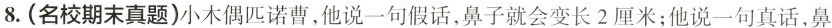
8.(名校期末真题)小木偶匹诺曹，他说一句假话，鼻子就会变长2厘米；他说一句真话，鼻